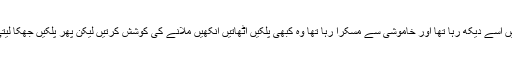
میں اسے دیکھ رہا تھا اور خاموشی سے مسکرا رہا تھا وہ کبھی پلکیں اٹھاتیں آنکھیں ملانے کی کوشش کرتیں لیکن پھر پلکیں جھکا لیتی۔